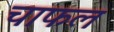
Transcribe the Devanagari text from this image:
चाफल